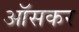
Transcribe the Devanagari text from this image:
ऑसकर